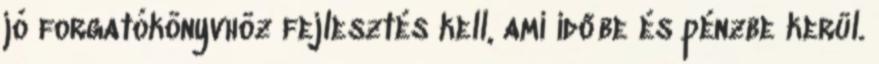
jó forgatókönyvhöz fejlesztés kell, ami időbe és pénzbe kerül.